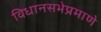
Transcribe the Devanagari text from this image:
विधानसभेप्रमाणे